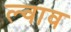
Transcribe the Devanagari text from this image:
ल्वाव